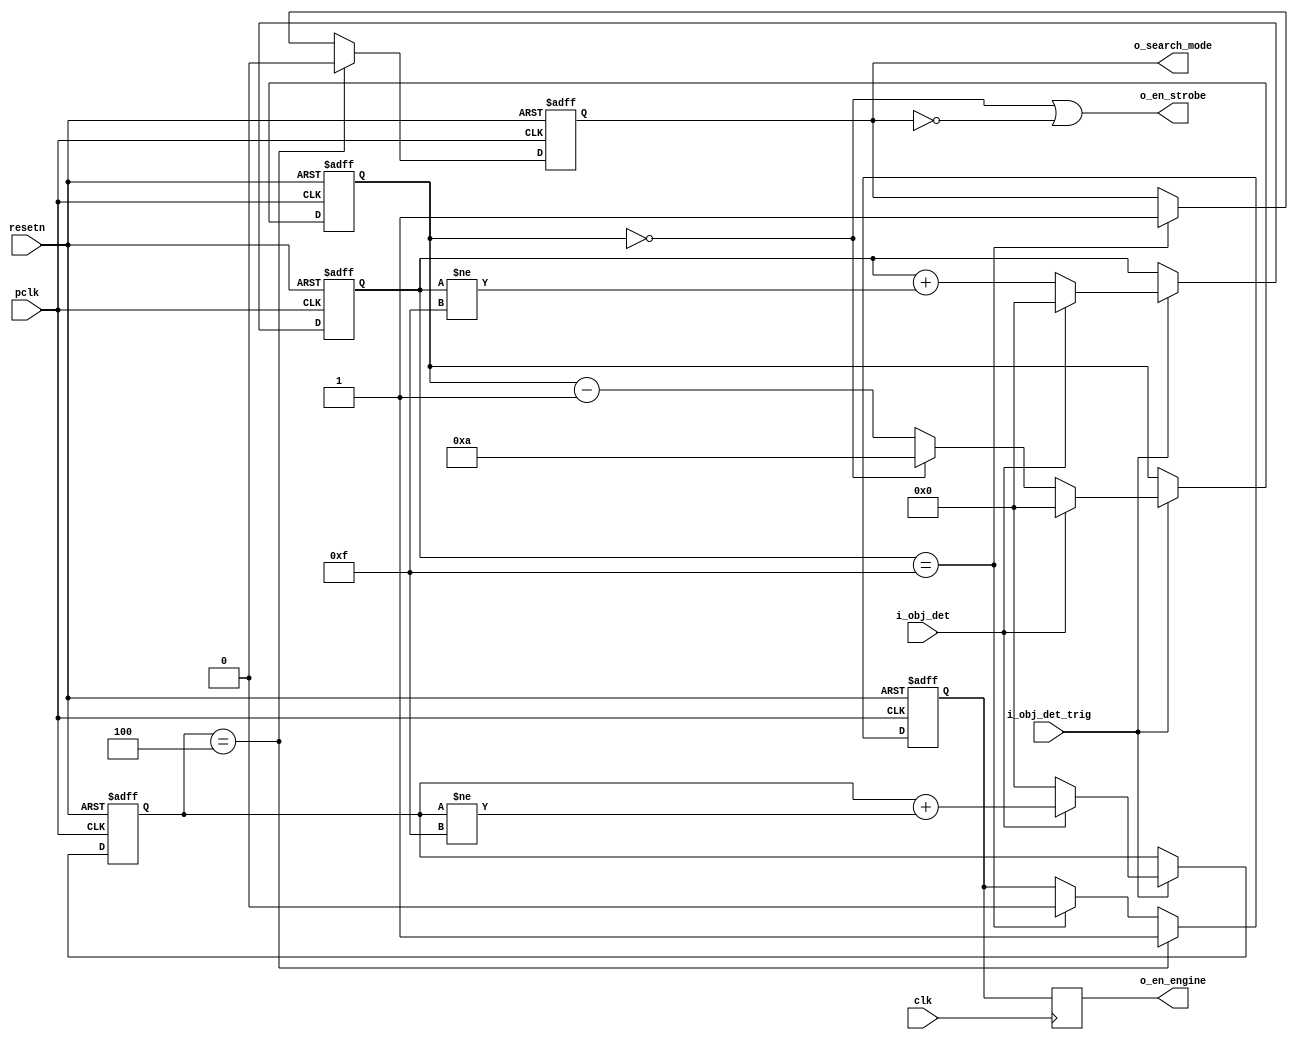

module strobe_ctl (
input		pclk          ,
input		clk           ,

input           i_obj_det     ,
input           i_obj_det_trig,
output reg      o_search_mode ,
output		o_en_strobe   ,
output reg      o_en_engine   ,

input		resetn     
);

parameter EN_SEQ = 1'b0;

reg	[3:0]	det_cnt;
reg	[3:0]	undet_cnt;
reg	[3:0]	skip_cnt;

reg		r_en_engine;

assign o_en_strobe = (skip_cnt == 4'b0) | (!o_search_mode);

always @(posedge pclk or negedge resetn)
begin
    if(resetn == 1'b0)
	o_search_mode <= 1'b1;
    else if(det_cnt == 4'd4)
	o_search_mode <= 1'b0;
    else if(undet_cnt == 4'hf)
	o_search_mode <= 1'b1;
end

always @(posedge pclk or negedge resetn)
begin
    if(resetn == 1'b0)
	r_en_engine <= 1'b0;
    else if(det_cnt == (EN_SEQ ? 4'd8 : 4'd4))
	r_en_engine <= 1'b1;
    else if(undet_cnt == 4'hf)
	r_en_engine <= 1'b0;
end

always @(posedge clk)
begin
    o_en_engine <= r_en_engine;
end

always @(posedge pclk or negedge resetn)
begin
    if(resetn == 1'b0)
	skip_cnt <= 4'b0;
    else if(i_obj_det_trig)
	skip_cnt <= i_obj_det ? 4'b0 : (skip_cnt == 4'b0) ? 4'd10 : (skip_cnt - 4'd1);
end

always @(posedge pclk or negedge resetn)
begin
    if(resetn == 1'b0)
	det_cnt <= 4'b0;
    else if(i_obj_det_trig)
	det_cnt <= (!i_obj_det) ? 4'h0 : (det_cnt + {3'b0, (det_cnt != 4'hf)});
end

always @(posedge pclk or negedge resetn)
begin
    if(resetn == 1'b0)
	undet_cnt <= 4'b0;
    else if(i_obj_det_trig)
	undet_cnt <= i_obj_det ? 4'h0 : (undet_cnt + {3'b0, (undet_cnt != 4'hf)});
end

endmodule